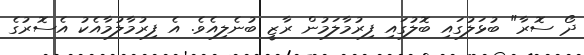
ދޯ ސޮރާ" ބުޅަލުގައި ބޮލުގައި ފިރުމާލަމުން ރާޒީ ބުނެލިއެވެ. އެ ފިރުމާލުމާއެކު އެސޮރުގެ